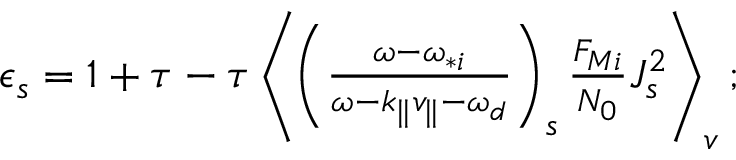
\begin{array} { r } { \epsilon _ { s } = 1 + \tau - \tau \left\langle \left( \frac { \omega - \omega _ { * i } } { \omega - k _ { \parallel } v _ { \parallel } - \omega _ { d } } \right) _ { s } \frac { F _ { M i } } { N _ { 0 } } J _ { s } ^ { 2 } \right\rangle _ { v } ; } \end{array}